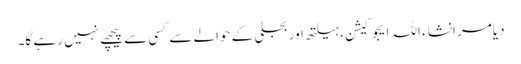
دیامر انشاء اللہ ایجوکیشن، ہیلتھ اور بجلی کے حوالے سے کسی سے پیچھے نہیں رہے گا۔